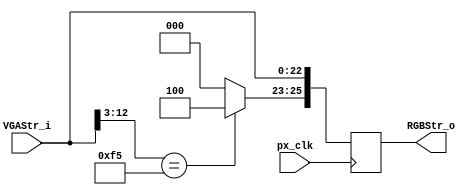
//////////////////////////////////////////////////////////////////////////////////
// Company: University of Alicante
// 
// Project:    	   iPxs - Icestudio Pixel Stream 
// Module Name:    PxsConstant
// Description:    Add constant color to a VGA Stream
//
// Dependencies: 
//
// Revision: 
// Revision 0.01 - File Created 
// 
//
// Additional Comments: based on PixelStream lib from Celoxica Ltd.
//
//	Video Stream notation 
//	- VGA: type of video 640x480 progresive
//  - S: Sync signals HSync, VSync
//	- C: Coordinates XCoord, YCoord	
//	- A: ActiveVideo 
//	- P: Pixel type RGB(1:1:1)	
//////////////////////////////////////////////////////////////////////////////////
module PxsConstant (
            input wire       px_clk,           // pixel clock
			input wire [22:0] VGAStr_i,	// Input stream (without RGB)
			output reg [25:0] RGBStr_o	// Output stream
         );

// alias 
`define ActiveVideo 0:0
`define VSync 1:1
`define HSync 2:2
`define YCoord 12:3
`define XCoord 22:13
`define RGB 25:23

// Some colors.
parameter [2:0] black = 3'b000;
parameter [2:0] blue  = 3'b001;
parameter [2:0] green = 3'b010;
parameter [2:0] white = 3'b111;
parameter [2:0] red = 3'b100;


always @(posedge px_clk)
begin
		RGBStr_o[`HSync] <= VGAStr_i[`HSync];
		RGBStr_o[`VSync] <= VGAStr_i[`VSync];
		RGBStr_o[`XCoord] <= VGAStr_i[`XCoord];
		RGBStr_o[`YCoord] <= VGAStr_i[`YCoord];
		RGBStr_o[`ActiveVideo] <= VGAStr_i[`ActiveVideo];
		if (VGAStr_i[`YCoord] == (240+5))
		begin
			RGBStr_o[`RGB] <= red;  
		end
		else
		begin
			RGBStr_o[`RGB] <= black;
		end
end

endmodule